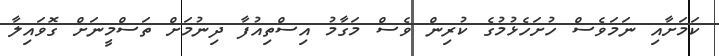
ކަމަށާއި ނަމަވެސް ހުށަހެޅުމުގެ ކުރިން ވެސް މަގާމު އިސްތިއުފާ ދިނުމަށް ތަސްމީނަށް ގޮވައިލާ